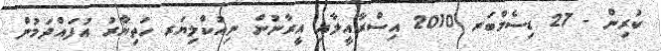
ކުރިން - 27 ޑިސެމްބަރ 2010 އިސްރާއީލާއި އީރާނުން ނިއުކްލިޔަރ ހަތިޔާރު އުފައްދަމުން